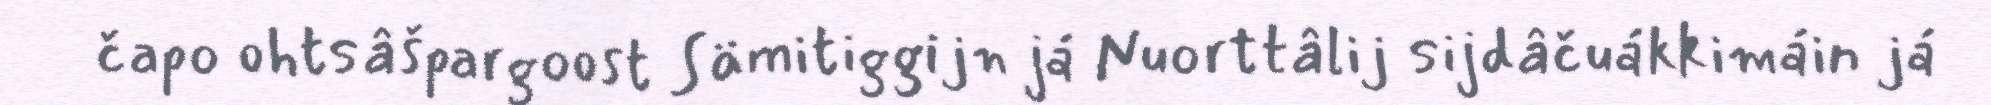
čapo ohtsâšpargoost Sämitiggijn já Nuorttâlij sijdâčuákkimáin já